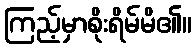
ကြည့်မှာစိုးရိမ်မိ၏။